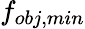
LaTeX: f_{obj,min}